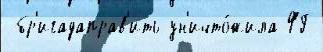
 бр'игадаправ'ить ун'ичто́жила ФГ